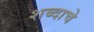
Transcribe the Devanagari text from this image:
शब्‍दाचे